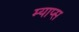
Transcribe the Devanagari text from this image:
म्याप्स